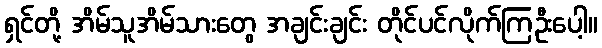
ရှင်တို့ အိမ်သူအိမ်သားတွေ အချင်းချင်း တိုင်ပင်လိုက်ကြဦးပေါ့။